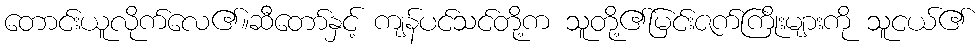
တောင်းယူလိုက်လေ၏။ဆီတော်နှင့် ကျန်ပင်သင်တို့က သူတို့၏မြင်းဇက်ကြိုးများကို သူငယ်၏